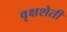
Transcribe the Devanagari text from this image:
वृक्षशेती